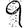
Digit: 9